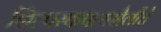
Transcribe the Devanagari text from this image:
शिल्पस्थापत्यशैलीचे